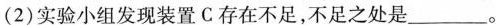
(2)实验小组发现装置C存在不足，不足之处是___。